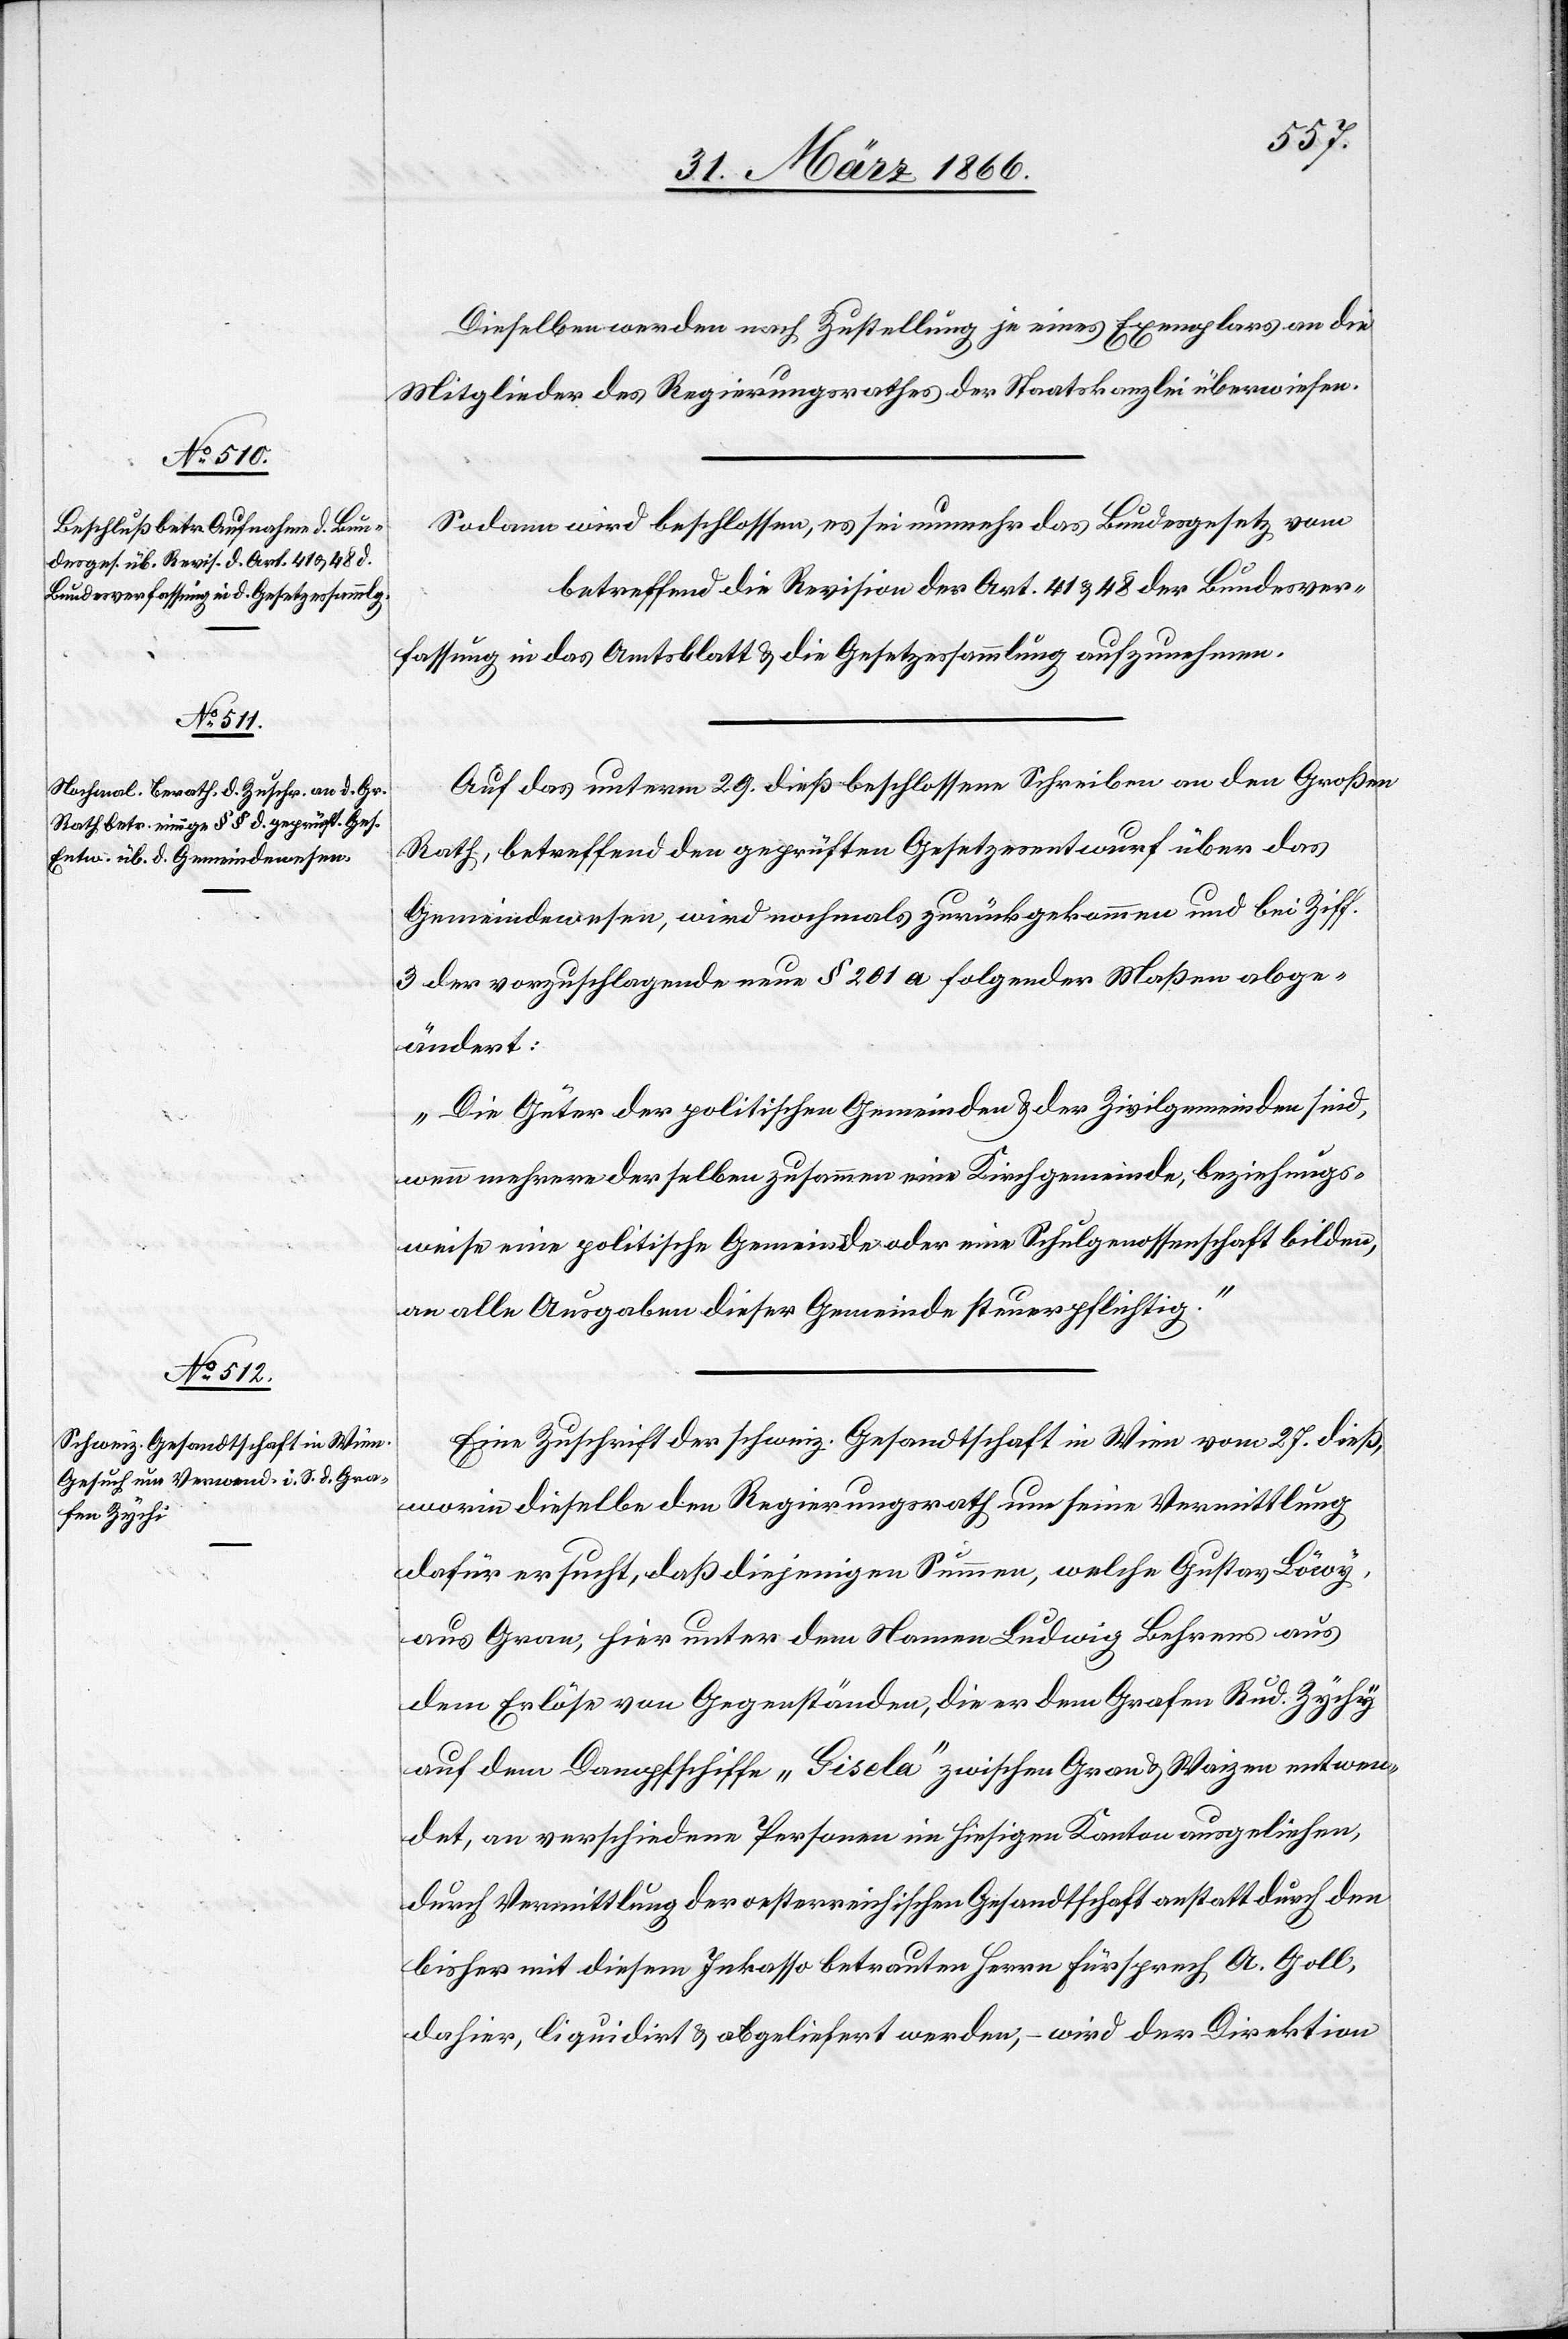
Dieselben werden nach Zustellung je eines Exemplares an die
Mitglieder des Regierungsrathes der Staatskanzlei überwiesen.
Sodann wird beschlossen, es sei nunmehr das Bundesgesetz vom
betreffend die Revision der Art. 31 u. 48 der Bundesver¬
fassung in das Amtsblatt u. die Gesetzessammlung aufzunehmen.
Auf das unterm 29. dieß beschlossene Schreiben an den Großen
Rath, betreffend den geprüften Gesetzesentwurf über das
Gemeindewesen, wird nochmals zurückgekommen und bei Ziff.
3 der vorzuschlagende neue § 201 a folgender Maßen abge¬
ändert:
„Die Güter der politischen Gemeinden u. der Zivilgemeinden sind,
wenn mehrere derselben zusammen eine Kirchgemeinde, beziehungs¬
weise eine politische Gemeinde oder eine Schulgenossenschaft bilden,
an alle Ausgaben dieser Gemeinde steuerpflichtig.“
Eine Zuschrift der schweiz. Gesandtschaft in Wien vom 27. dieß,
worin dieselbe den Regierungsrath um seine Vermittlung
dafür ersucht, daß diejenigen Summen, welche Gustav Löwy,
aus Gran, hier unter dem Namen Ludwig Behrens aus
dem Erlöse von Gegenständen, die er dem Grafen Rud. Zychy
auf dem Dampfschiffe „Gisela“ zwischen Gran u. Waizen entwen¬
det, an verschiedene Personen im hiesigen Kanton ausgeliehen,
durch Vermittlung der oesterreichischen Gesandtschaft anstatt durch den
bisher mit diesem Inkasso betrauten Herrn Fürsprech A. Goll,
dahier, liquidirt u. abgeliefert werden, – wird der Direktion